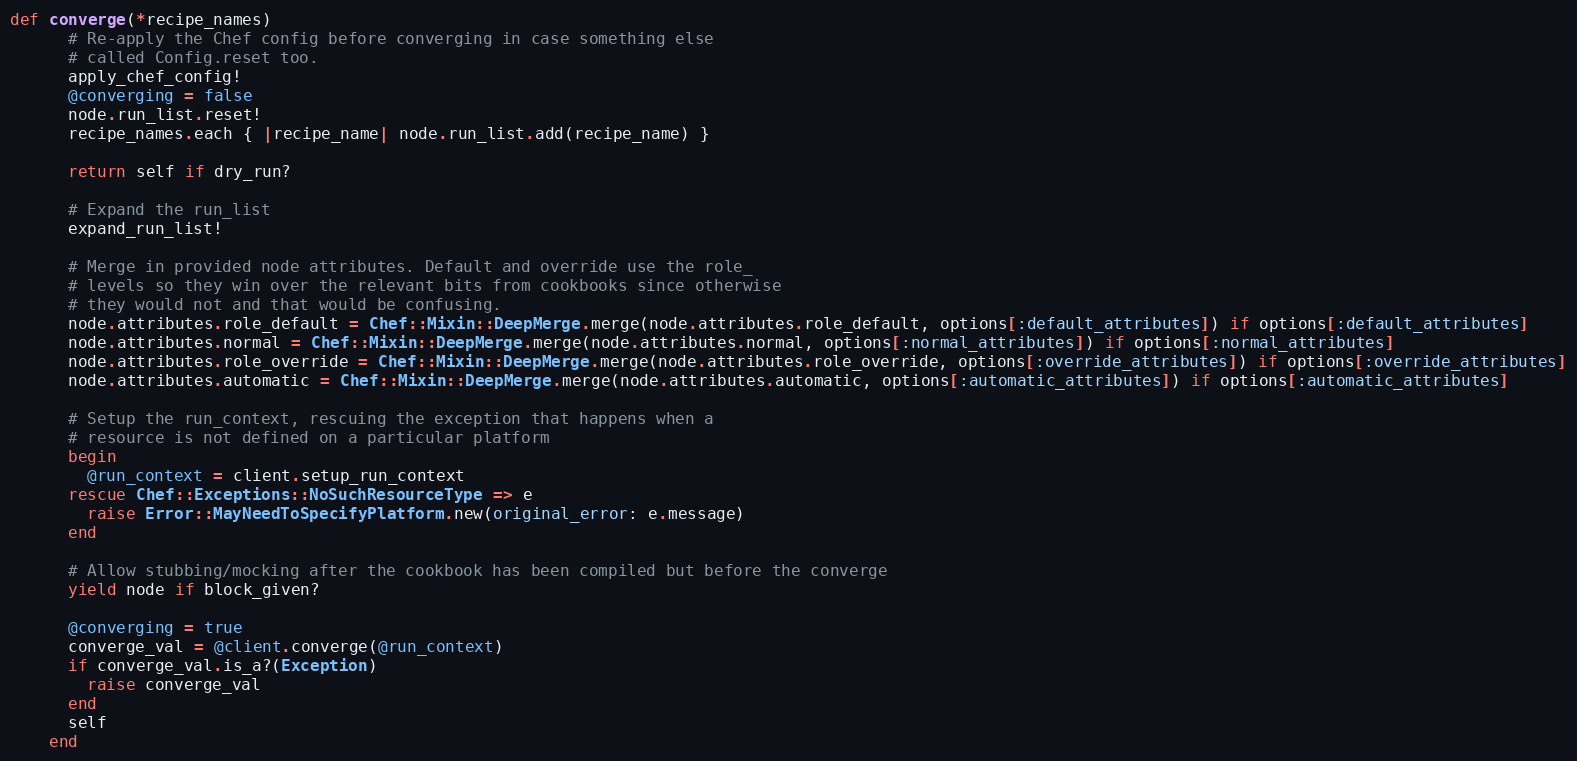
Language: Ruby
def converge(*recipe_names)
      # Re-apply the Chef config before converging in case something else
      # called Config.reset too.
      apply_chef_config!
      @converging = false
      node.run_list.reset!
      recipe_names.each { |recipe_name| node.run_list.add(recipe_name) }

      return self if dry_run?

      # Expand the run_list
      expand_run_list!

      # Merge in provided node attributes. Default and override use the role_
      # levels so they win over the relevant bits from cookbooks since otherwise
      # they would not and that would be confusing.
      node.attributes.role_default = Chef::Mixin::DeepMerge.merge(node.attributes.role_default, options[:default_attributes]) if options[:default_attributes]
      node.attributes.normal = Chef::Mixin::DeepMerge.merge(node.attributes.normal, options[:normal_attributes]) if options[:normal_attributes]
      node.attributes.role_override = Chef::Mixin::DeepMerge.merge(node.attributes.role_override, options[:override_attributes]) if options[:override_attributes]
      node.attributes.automatic = Chef::Mixin::DeepMerge.merge(node.attributes.automatic, options[:automatic_attributes]) if options[:automatic_attributes]

      # Setup the run_context, rescuing the exception that happens when a
      # resource is not defined on a particular platform
      begin
        @run_context = client.setup_run_context
      rescue Chef::Exceptions::NoSuchResourceType => e
        raise Error::MayNeedToSpecifyPlatform.new(original_error: e.message)
      end

      # Allow stubbing/mocking after the cookbook has been compiled but before the converge
      yield node if block_given?

      @converging = true
      converge_val = @client.converge(@run_context)
      if converge_val.is_a?(Exception)
        raise converge_val
      end
      self
    end